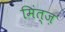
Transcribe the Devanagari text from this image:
मिंत्ज़